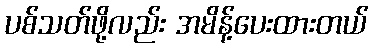
ပစ်သတ်ဖို့လည်း အမိန့်ပေးထားတယ်